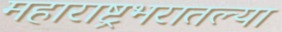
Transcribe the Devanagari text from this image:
महाराष्ट्रभरातल्या